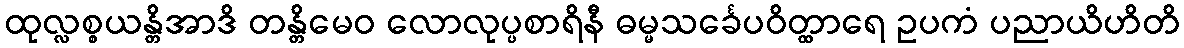
ထုလ္လစ္စယန္တိအာဒိ တန္တိမေဝ လောလုပ္ပစာရိနီ ဓမ္မသင်္ခေပဝိတ္ထာရေ ဥပကံ ပညာယိဟိတိ